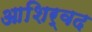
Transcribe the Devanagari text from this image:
आशिर्वद